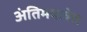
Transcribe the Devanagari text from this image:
अंतिमयात्रेत